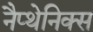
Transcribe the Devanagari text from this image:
नैप्थेनिक्स